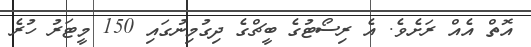
އޮތް އެއް ރަށެވެ. އެ ރިސޯޓުގެ ބީޗްގެ ދިގުމިނުގައި 150 މީޓަރު ހުރެ